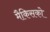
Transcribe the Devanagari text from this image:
मैकिसको